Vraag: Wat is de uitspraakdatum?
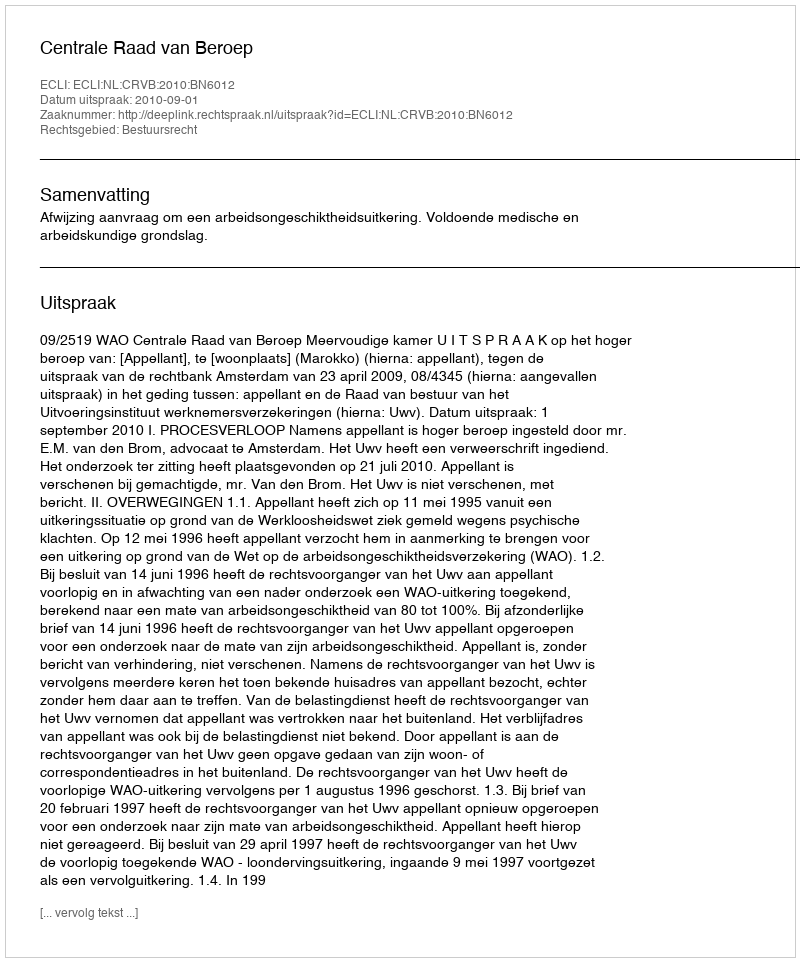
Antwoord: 2010-09-01